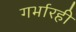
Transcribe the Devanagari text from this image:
गर्भारही